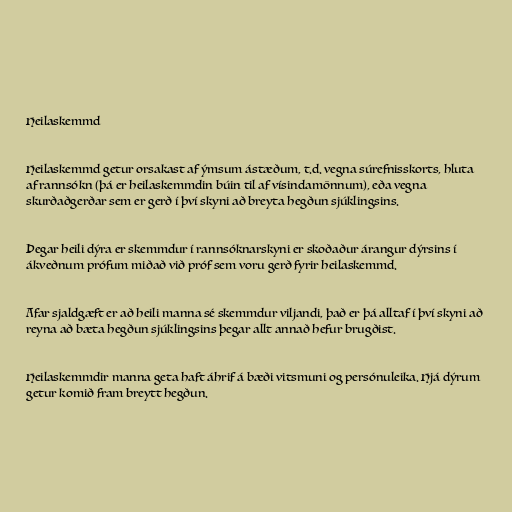
Heilaskemmd

Heilaskemmd getur orsakast af ýmsum ástæðum, t.d. vegna súrefnisskorts, hluta
af rannsókn (þá er heilaskemmdin búin til af vísindamönnum), eða vegna
skurðaðgerðar sem er gerð í því skyni að breyta hegðun sjúklingsins.

Þegar heili dýra er skemmdur í rannsóknarskyni er skoðaður árangur dýrsins í
ákveðnum prófum miðað við próf sem voru gerð fyrir heilaskemmd.

Afar sjaldgæft er að heili manna sé skemmdur viljandi, það er þá alltaf í því skyni að
reyna að bæta hegðun sjúklingsins þegar allt annað hefur brugðist.

Heilaskemmdir manna geta haft áhrif á bæði vitsmuni og persónuleika. Hjá dýrum
getur komið fram breytt hegðun.